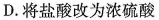
D.将盐酸改为浓硫酸